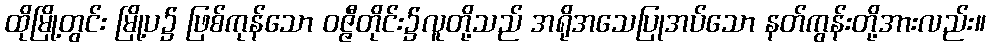
ထိုမြို့တွင်း မြို့ပ၌ ဖြစ်ကုန်သော ဝဇ္ဇီတိုင်း၌လူတို့သည် အရိုအသေပြုအပ်သော နတ်ကွန်းတို့အားလည်း။